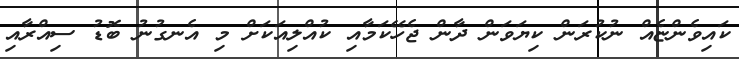
ކައިވެންޏެއް ނުކުރަން ކިޔަވަން ދާން ޖެހޭކަމާއި ކުއްލިއަކަށް މި އެނގުނު ބޮޑު ސިއްރާއި